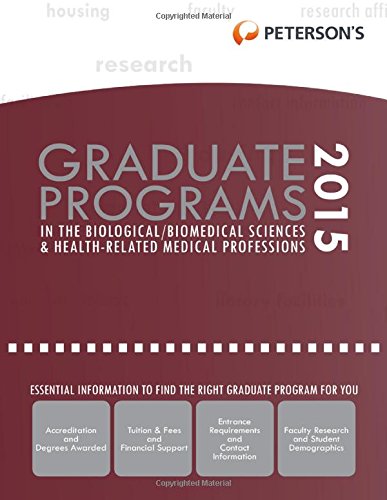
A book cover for Graduate Programs in the Biological/Biomedical Sciences & Health-Related Medical Professions 2015 (Peterson's Graduate Programs in the Biological Sciences); Peterson's; Reference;